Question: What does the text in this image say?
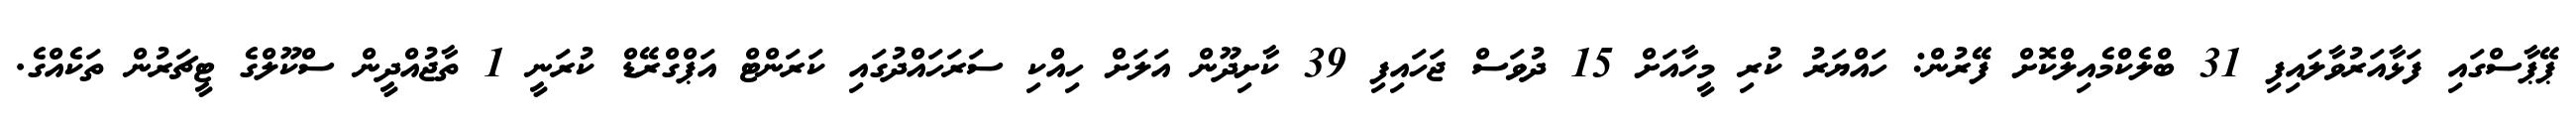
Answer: ޕޭޕާސްގައި ފަޅާއަރުވާލައިފި 31 ބްލެކްމެއިލްކޮށް ފޭރުން: ހައްޔަރު ކުރި މީހާއަށް 15 ދުވަސް ޖަހައިފި 39 ކާށިދޫން އަލަށް ހިއްކި ސަރަހައްދުގައި ކަރަންޓް އަޕްގްރޭޑް ކުރަނީ 1 ތާޖުއްދީން ސްކޫލްގެ ޓީޗަރުން ތަކެއްގެ.